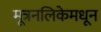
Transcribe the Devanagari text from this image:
मूत्रनलिकेमधून